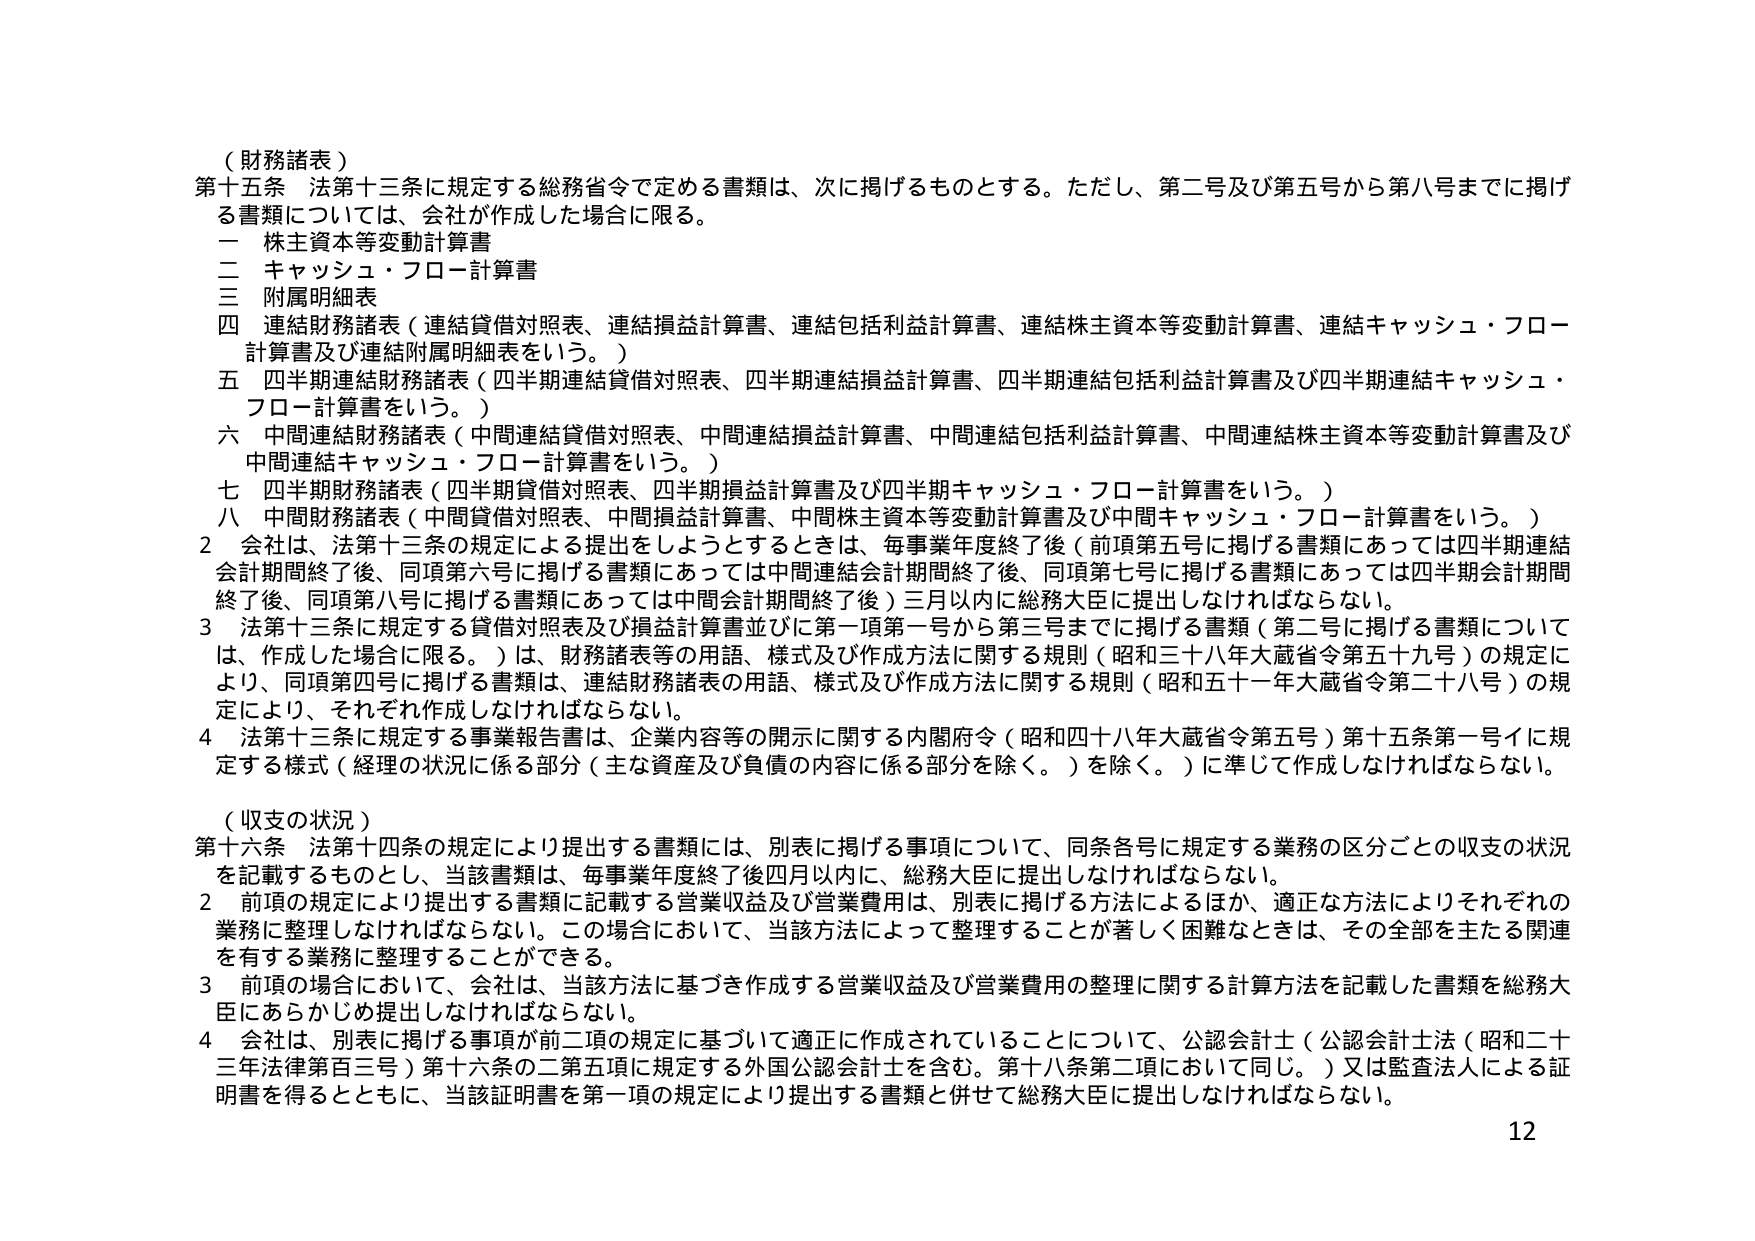
（財務諸表）
第十五条 法第十三条に規定する総務省令で定める書類は、次に掲げるものをとする。ただし、第二号及び第五号から第八号までに掲げる書類については、会社が作成した場合に限る。
一 株主資本等変動計算書
二 キャッシュ・フロー計算書
三 附属明細表
四 連結財務諸表（連結貸借対照表、連結損益計算書、連結包括利益計算書、連結株主資本等変動計算書、連結キャッシュ・フロー計算書及び連結附属明細表をいう。）
五 四半期連結財務諸表（四半期連結貸借対照表、四半期連結損益計算書、四半期連結包括利益計算書及び四半期連結キャッシュ・フロー計算書をいう。）
六 中間連結財務諸表（中間連結貸借対照表、中間連結損益計算書、中間連結包括利益計算書、中間連結株主資本等変動計算書及び中間連結キャッシュ・フロー計算書をいう。）
七 四半期財務諸表（四半期貸借対照表、四半期損益計算書及び四半期キャッシュ・フロー計算書をいう。）
八 中間財務諸表（中間貸借対照表、中間損益計算書、中間株主資本等変動計算書及び中間キャッシュ・フロー計算書をいう。）
2 会社は、法第十三条の規定による提出をしようとするときは、毎事業年度終了後（前項第五号に掲げる書類にあっては四半期連結会計期間終了後、同項第六号に掲げる書類にあっては中間連結会計期間終了後、同項第七号に掲げる書類にあっては四半期会計期間終了後、同項第八号に掲げる書類にあっては中間会計期間終了後）三月以内に総務大臣に提出しなければならない。
3 法第十三条に規定する貸借対照表及び損益計算書並びに第一項第一号から第三号までに掲げる書類（第二号に掲げる書類については、作成した場合に限る。）は、財務諸表等の用語、様式及び作成方法に関する規則（昭和三十八年大蔵省令第五十九号）の規定により、同項第四号に掲げる書類は、連結財務諸表の用語、様式及び作成方法に関する規則（昭和五十一年大蔵省令第二十八号）の規定により、それぞれ作成しなければならない。
4 法第十三条に規定する事業報告書は、企業内容等の開示に関する内閣府令（昭和四十八年大蔵省令第五号）第十五条第一号イに規定する様式（経理の状況に係る部分（主な資産及び負債の内容に係る部分を除く。）を除く。）に準じて作成しなければならない。

（収支の状況）
第十六条 法第十四条の規定により提出する書類には、別表に掲げる事項について、同条各号に規定する業務の区分ごとの収支の状況を記載するものとし、当該書類は、毎事業年度終了後四月以内に、総務大臣に提出しなければならない。
2 前項の規定により提出する書類に記載する営業収益及び営業費用は、別表に掲げる方法によるほか、適正な方法によりそれぞれの業務に整理しなければならない。この場合において、当該方法によって整理することが著しく困難なときは、その全部を主たる関連を有する業務に整理することができる。
3 前項の場合において、会社は、当該方法に基づき作成する営業収益及び営業費用の整理に関する計算方法を記載した書類を総務大臣にあらかじめ提出しなければならない。
4 会社は、別表に掲げる事項が前二項の規定に基づいて適正に作成されていることについて、公認会計士（公認会計士法（昭和二十三年法律第百三号）第十六条の二第五項に規定する外国公認会計士を含む。第十八条第二項において同じ。）又は監査法人による証明書を得るとともに、当該証明書を第一項の規定により提出する書類と併せて総務大臣に提出しなければならない。
12